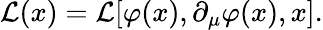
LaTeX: {\mathcal{L}}(x)={\mathcal{L}}[\varphi(x),\partial_{\mu}\varphi(x),x].